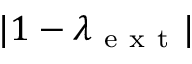
| 1 - \lambda _ { \mathrm { ~ e ~ x ~ t ~ } } |